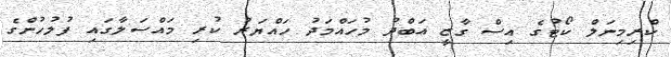
ކްރިމިނަލް ކޯޓުގެ އިސް ގާޒީ އަބްދު މުހައްމަދު ހައްޔަރު ކުރި މައްސަލާގައި ފުލުހުންގެ